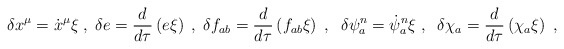
\begin{align*}\delta x^{\mu} = {\dot{x}}^{\mu} \xi\;,\; \delta e = \frac{d}{d\tau}\left(e \xi\right)\;,\; \delta f_{ab} = \frac{d}{d\tau}\left(f_{ab}\xi\right)\;,\;\; \delta \psi_{a}^{n} = \dot{\psi}_{a}^{n} \xi\;,\;\; \delta{\chi}_{a} = \frac{d}{d\tau}\left(\chi_a\xi\right)\;,\end{align*}